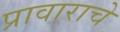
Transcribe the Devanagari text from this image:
प्रावाराचे